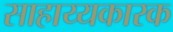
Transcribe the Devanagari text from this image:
साहाय्यकारक